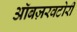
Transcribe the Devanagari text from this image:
ऑबज़रवटोरी